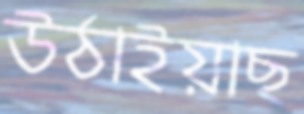
উঠাইয়াছ